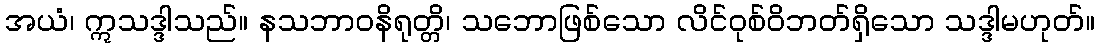
အယံ၊ ဣသဒ္ဒါသည်။ နသဘာဝနိရုတ္တိ၊ သဘောဖြစ်သော လိင်ဝုစ်ဝိဘတ်ရှိသော သဒ္ဒါမဟုတ်။